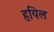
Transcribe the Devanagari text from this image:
हयिल